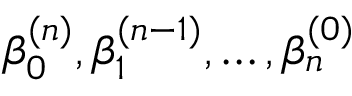
\beta _ { 0 } ^ { ( n ) } , \beta _ { 1 } ^ { ( n - 1 ) } , \ldots , \beta _ { n } ^ { ( 0 ) }